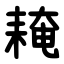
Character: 䎨